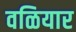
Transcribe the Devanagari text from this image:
वळियार